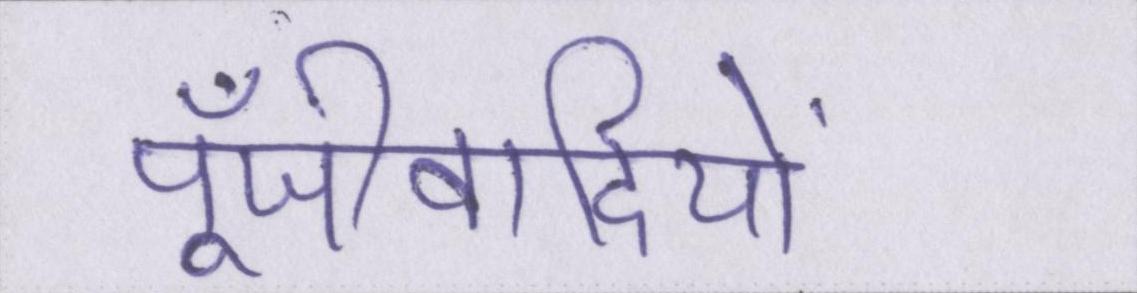
पूँजीवादियों